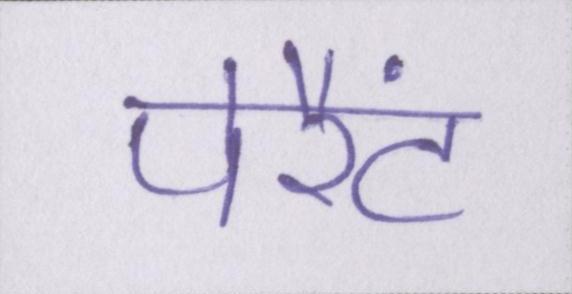
पेरैंट